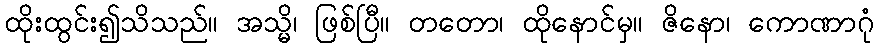
ထိုးထွင်း၍သိသည်။ အသ္မိ၊ ဖြစ်ပြီ။ တတော၊ ထိုနောင်မှ။ ဇိနော၊ ကောဏာဂုံ